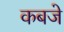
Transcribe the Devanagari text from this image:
कबजे